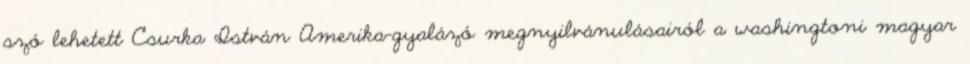
szó lehetett Csurka István Amerika-gyalázó megnyilvánulásairól a washingtoni magyar